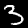
Digit: 3